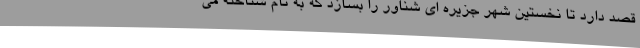
قصد دارد تا نخستین شهر جزیره ای شناور را بسازد که به نام شناخته می